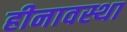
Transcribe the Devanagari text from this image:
हीनावस्था